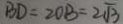
B D = 2 O B = 2 \sqrt { 3 }